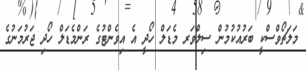
މަލަޗޯވްސްކީ ބަރުއުކުމުން ސިލްވަރ މެޑަލް ހޯދީ އެ އިވެންޓުގެ ރަންމެޑަލް ހޯދި ޖަރުމަނުގެ